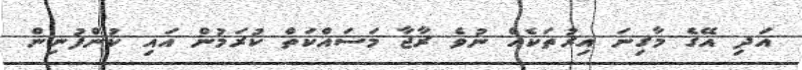
އަދި އޭގެ މާގިނަ އިރުތަކެއް ނުވެ ރާޖާ މަސައްކަތް ކުރަމުން އައި ކުންފުނިން